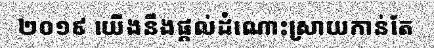
២០១៩ យើងនឹងផ្តល់ដំណោះស្រាយកាន់តែ